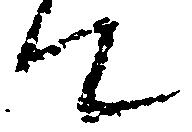
て